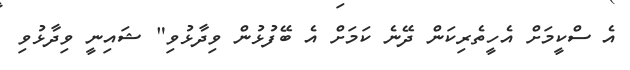
އެ ސްކީމަށްް އެހީތެރިކަން ދޭނެ ކަމަށް އެ ބޭފުޅުން ވިދާޅުވި" ޝައިނީ ވިދާޅުވި